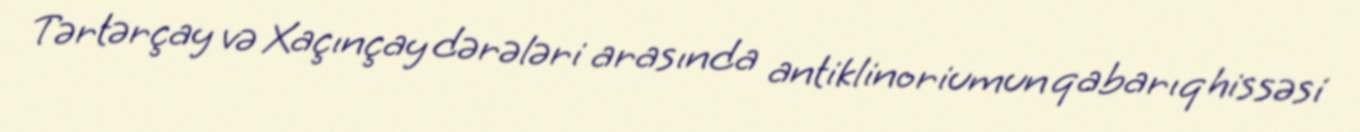
Tərtərçay və Xaçınçay dərələri arasında antiklinoriumun qabarıq hissəsi